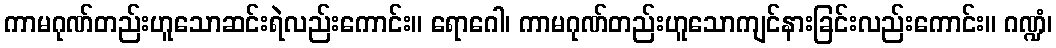
ကာမဂုဏ်တည်းဟူသောဆင်းရဲလည်းကောင်း။ ရောဂေါ၊ ကာမဂုဏ်တည်းဟူသောကျင်နားခြင်းလည်းကောင်း။ ဂဏ္ဍံ၊